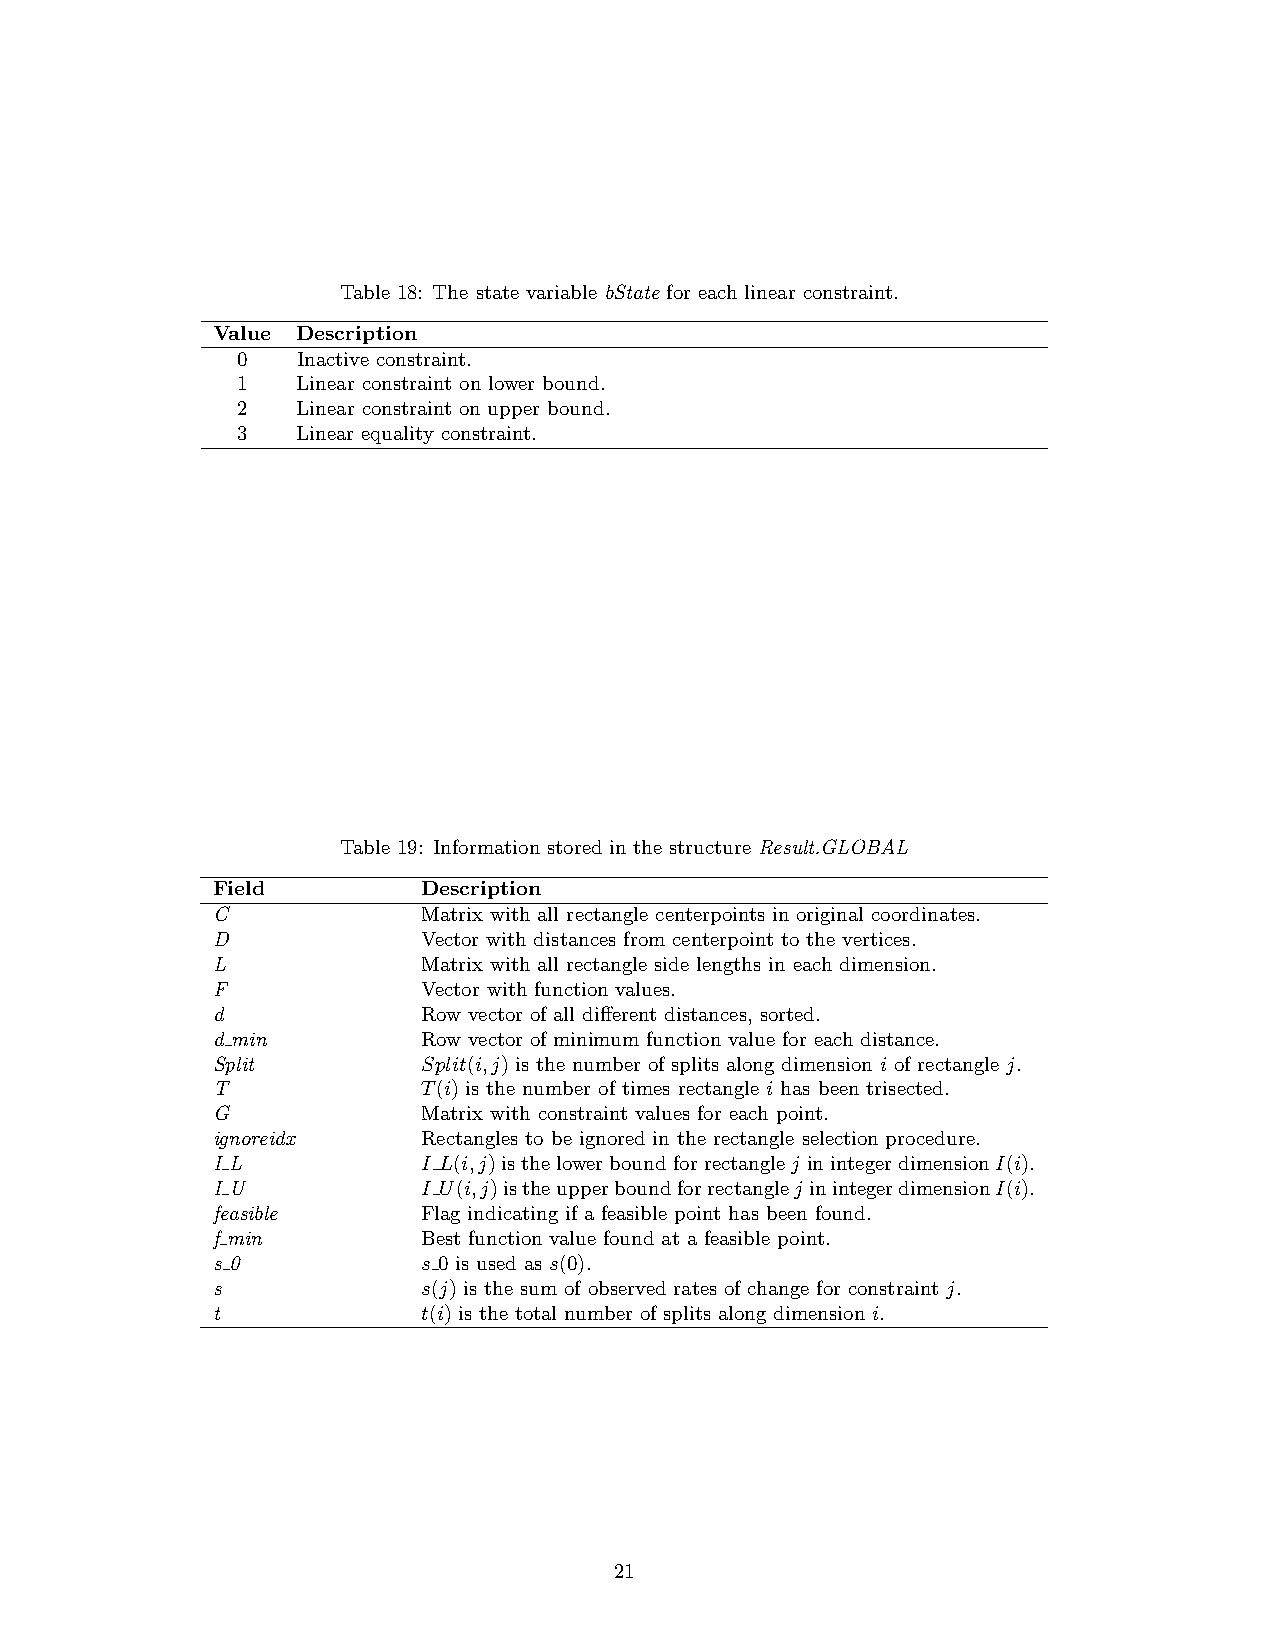
Table 18: The state variable bState for each linear constraint.
 Value Description
 0   Inactive constraint.
 1   Linear constraint on lower bound.
 2   Linear constraint on upper bound.
 3   Linear equality constraint.
 Table 19: Information stored in the structure Result.GLOBAL
 Field         Description
 C             Matrix with all rectangle centerpoints in original coordinates.
 D             Vector with distances from centerpoint to the vertices.
 L             Matrix with all rectangle side lengths in each dimension.
 F             Vector with function values.
 d             Row vector of all different distances, sorted.
 d min         Row vector of minimum function value for each distance.
 Split         Split(i,j) is the number of splits along dimension i of rectangle j.
 T             T(i) is the number of times rectangle i has been trisected.
 G             Matrix with constraint values for each point.
 ignoreidx     Rectangles to be ignored in the rectangle selection procedure.
 I L           I L(i,j)isthelowerboundforrectanglej inintegerdimensionI(i).
 I U           I U(i,j)istheupperboundforrectanglej inintegerdimensionI(i).
 feasible      Flag indicating if a feasible point has been found.
 f min         Best function value found at a feasible point.
 s 0           s 0 is used as s(0).
 s             s(j) is the sum of observed rates of change for constraint j.
 t             t(i) is the total number of splits along dimension i.
 21